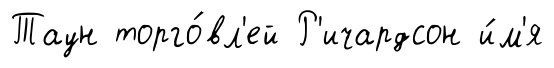
Таун торго́вл'ей Р'ичардсон и́м'я